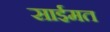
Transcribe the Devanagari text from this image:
साईमत